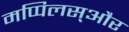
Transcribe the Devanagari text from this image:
मप्पिलस्और